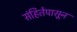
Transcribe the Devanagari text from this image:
संहितेपासून